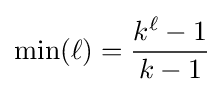
\mathrm {min} (\ell )={\frac {k^{\ell }-1}{k-1}}